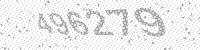
Solution: 496279